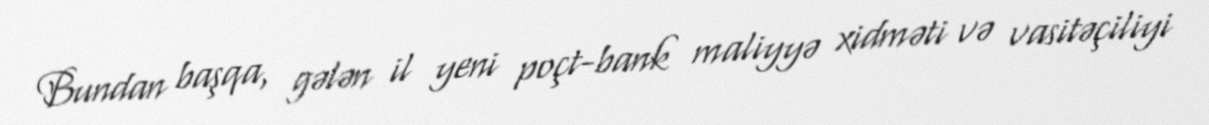
Bundan başqa, gələn il yeni poçt-bank maliyyə xidməti və vasitəçiliyi